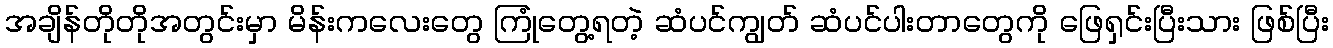
အချိန်တိုတိုအတွင်းမှာ မိန်းကလေးတွေ ကြုံတွေ့ရတဲ့ ဆံပင်ကျွတ် ဆံပင်ပါးတာတွေကို ဖြေရှင်းပြီးသား ဖြစ်ပြီး